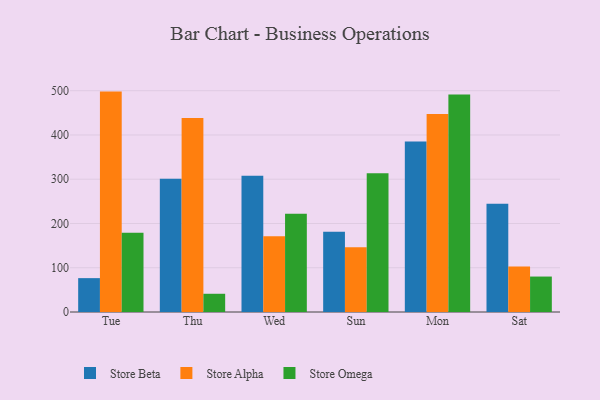
{"axis": {"x": "Day", "y": "Active Users"}, "legend": ["Store Alpha", "Store Beta", "Store Omega"], "data": [{"x": "Tue", "y": 76.5, "type": "Store Beta"}, {"x": "Tue", "y": 498.0, "type": "Store Alpha"}, {"x": "Tue", "y": 179.1, "type": "Store Omega"}, {"x": "Thu", "y": 300.9, "type": "Store Beta"}, {"x": "Thu", "y": 438.6, "type": "Store Alpha"}, {"x": "Thu", "y": 41.2, "type": "Store Omega"}, {"x": "Wed", "y": 308.0, "type": "Store Beta"}, {"x": "Wed", "y": 171.3, "type": "Store Alpha"}, {"x": "Wed", "y": 222.2, "type": "Store Omega"}, {"x": "Sun", "y": 181.6, "type": "Store Beta"}, {"x": "Sun", "y": 146.3, "type": "Store Alpha"}, {"x": "Sun", "y": 313.5, "type": "Store Omega"}, {"x": "Mon", "y": 385.2, "type": "Store Beta"}, {"x": "Mon", "y": 447.2, "type": "Store Alpha"}, {"x": "Mon", "y": 491.3, "type": "Store Omega"}, {"x": "Sat", "y": 244.8, "type": "Store Beta"}, {"x": "Sat", "y": 102.8, "type": "Store Alpha"}, {"x": "Sat", "y": 80.1, "type": "Store Omega"}]}